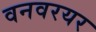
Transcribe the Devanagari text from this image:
वनवरयर